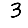
Digit: 3